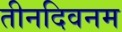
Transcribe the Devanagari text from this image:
तीनदिवनम